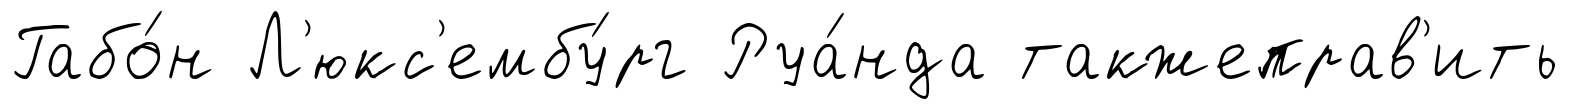
Габо́н Л'юкс'ембу́рг Руа́нда такжеправ'ить